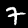
Digit: 7